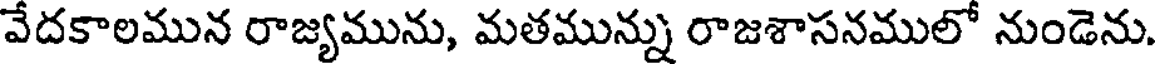
వేదకాలమున రాజ్యమును, మతమున్ను రాజశాసనములో నుండెను.